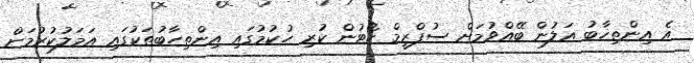
އެ އިންތިޚާބު އަލުން ބޭއްވުމަށް ސުޕްރީމް ކޯޓުން ކުރި ހުކުމުގައި އިންތިހާބުތަކުގައި އަމަލުކުރުމަށް